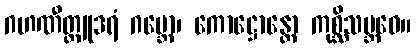
ဂဟဏီတ္ထျုဒရံ ဂဗ္ဘော၊ ကောဋ္ဌောန္တော ကုစ္ဆိသမ္ဘဝေ။